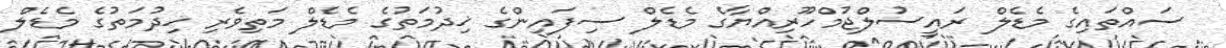
ސައްތައިގެ މެޑެލް ރައީސުލްޖުމްހޫރިއްޔާގެ މެޑެލް ސިފައިންގެ ޚިދުމަތުގެ މެޑެލް މަތިވެރި ޚިދުމަތުގެ މެޑެލް